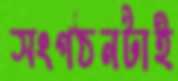
সংগঠনটাই